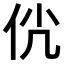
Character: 𠇵